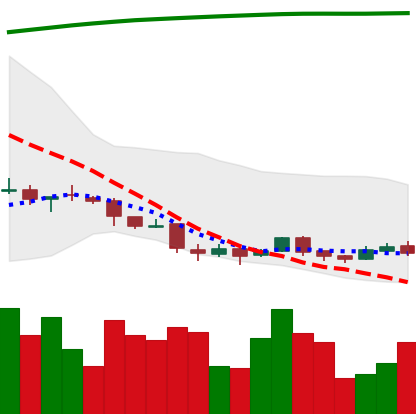
Ticker: DOGE-USD
Chart end date: 2018-04-09
Forward return: 50.199%
Label: up_7plus